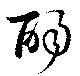
酌